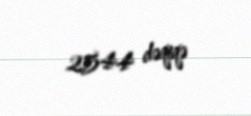
2544 dəqiqə